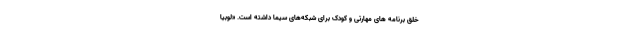
خلق برنامه های مهارتی و کودک برای شبکه‌های سیما داشته است. «لوبیا